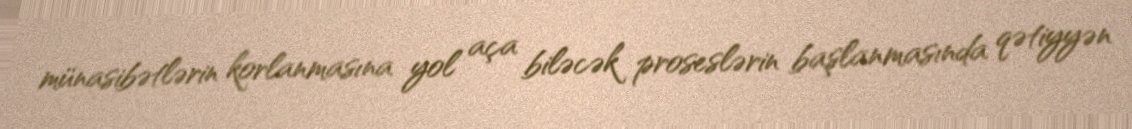
münasibətlərin korlanmasına yol aça biləcək proseslərin başlanmasında qətiyyən